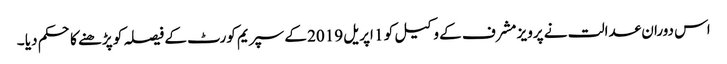
اس دوران عدالت نے پرویز مشرف کے وکیل کو 1 اپریل 2019 کے سپریم کورٹ کے فیصلہ کو پڑھنے کا حکم دیا ۔